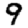
Digit: 9